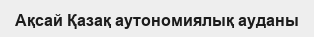
Ақсай Қазақ аутономиялық ауданы